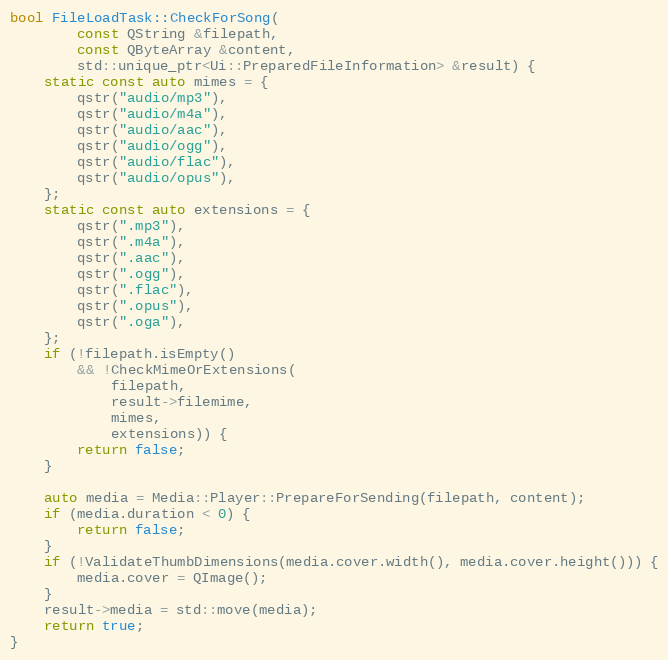
Language: C++
bool FileLoadTask::CheckForSong(
		const QString &filepath,
		const QByteArray &content,
		std::unique_ptr<Ui::PreparedFileInformation> &result) {
	static const auto mimes = {
		qstr("audio/mp3"),
		qstr("audio/m4a"),
		qstr("audio/aac"),
		qstr("audio/ogg"),
		qstr("audio/flac"),
		qstr("audio/opus"),
	};
	static const auto extensions = {
		qstr(".mp3"),
		qstr(".m4a"),
		qstr(".aac"),
		qstr(".ogg"),
		qstr(".flac"),
		qstr(".opus"),
		qstr(".oga"),
	};
	if (!filepath.isEmpty()
		&& !CheckMimeOrExtensions(
			filepath,
			result->filemime,
			mimes,
			extensions)) {
		return false;
	}

	auto media = Media::Player::PrepareForSending(filepath, content);
	if (media.duration < 0) {
		return false;
	}
	if (!ValidateThumbDimensions(media.cover.width(), media.cover.height())) {
		media.cover = QImage();
	}
	result->media = std::move(media);
	return true;
}